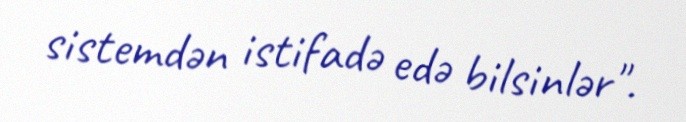
sistemdən istifadə edə bilsinlər".